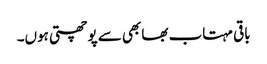
باقی مہتاب بھابھی سے پوچھتی ہوں۔